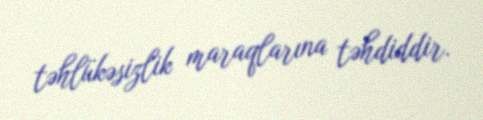
təhlükəsizlik maraqlarına təhdiddir.